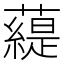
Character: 𧀠